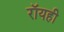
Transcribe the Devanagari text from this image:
रॉयही